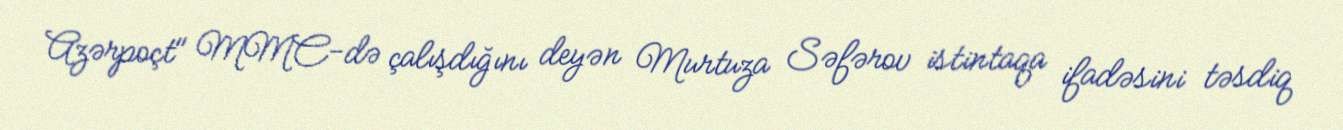
Azərpoçt" MMC-də çalışdığını deyən Murtuza Səfərov istintaqa ifadəsini təsdiq